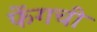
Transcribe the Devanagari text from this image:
फेंगची